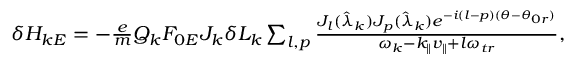
\begin{array} { r } { \delta H _ { k E } = - \frac { e } { m } Q _ { k } F _ { 0 E } J _ { k } \delta L _ { k } \sum _ { l , p } \frac { J _ { l } ( \hat { \lambda } _ { k } ) J _ { p } ( \hat { \lambda } _ { k } ) e ^ { - i ( l - p ) ( \theta - \theta _ { 0 r } ) } } { \omega _ { k } - k _ { \parallel } v _ { \parallel } + l \omega _ { t r } } , } \end{array}